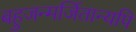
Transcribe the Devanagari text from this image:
बहुजन्मर्जितान्यपि